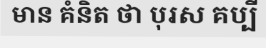
មាន គំនិត ថា បុរស គប្បី